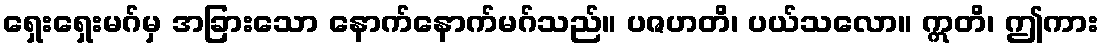
ရှေးရှေးမဂ်မှ အခြားသော နောက်နောက်မဂ်သည်။ ပဇဟတိ၊ ပယ်သလော။ ဣတိ၊ ဤကား